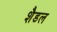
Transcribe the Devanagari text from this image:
शैडल